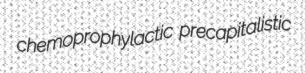
chemoprophylactic precapitalistic